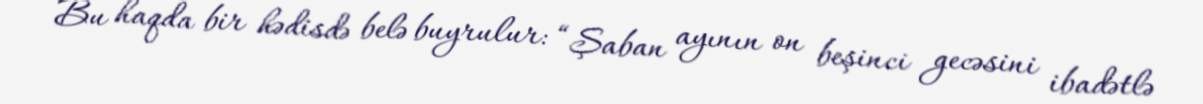
Bu haqda bir hədisdə belə buyrulur: “Şaban ayının on beşinci gecəsini ibadətlə